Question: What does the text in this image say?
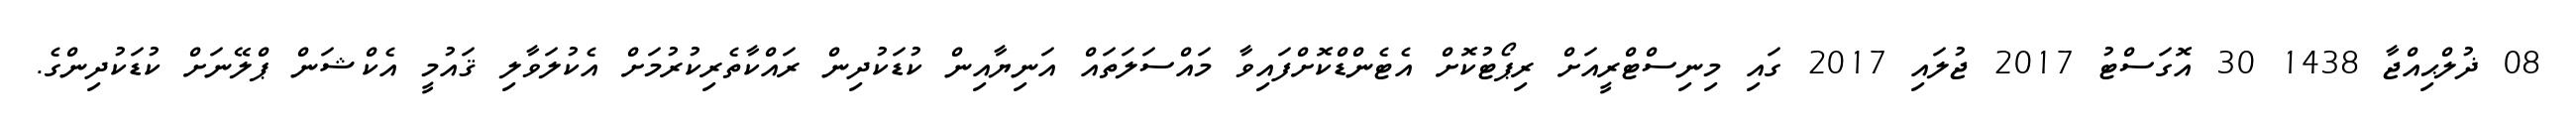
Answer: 08 ޛުލްޙިއްޖާ 1438 30 އޮގަސްޓު 2017 ޖުލައި 2017 ގައި މިނިސްޓްރީއަށް ރިޕޯޓުކޮށް އެޓެންޑްކޮށްފައިވާ މައްސަލަތައް އަނިޔާއިން ކުޑަކުދިން ރައްކާތެރިކުރުމަށް އެކުލަވާލި ޤައުމީ އެކްޝަން ޕްލޭނަށް ކުޑަކުދިންގެ.